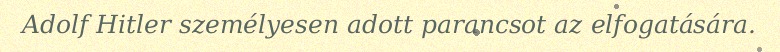
Adolf Hitler személyesen adott parancsot az elfogatására.